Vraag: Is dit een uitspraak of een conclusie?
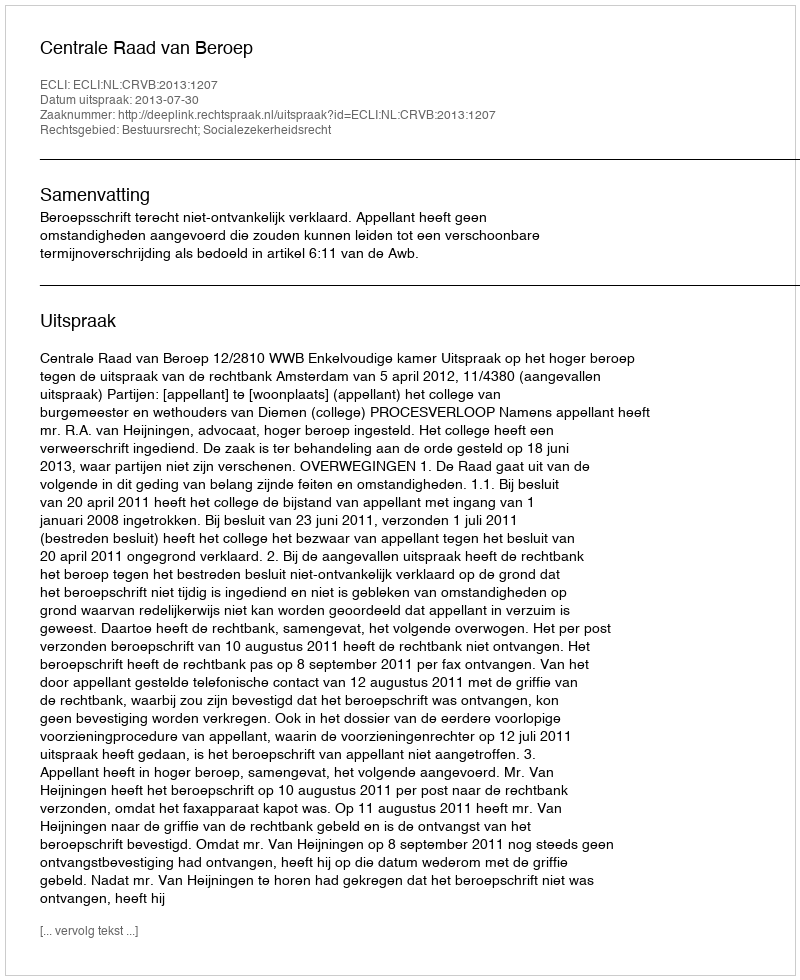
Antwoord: Uitspraak